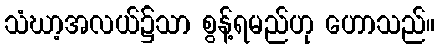
သံဃာ့အလယ်၌သာ စွန့်ရမည်ဟု ဟောသည်။